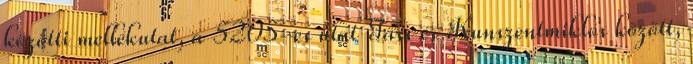
közötti mellékutat, a 5205-es utat Tass és Kunszentmiklós között,